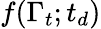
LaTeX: f(\Gamma_{t};t_{d})